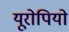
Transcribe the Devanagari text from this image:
यूरोपियो